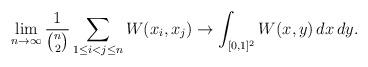
LaTeX: \begin{align*}\lim_{n \to \infty} \frac{1}{\binom{n}{2}} \sum_{1 \leq i < j \leq n} W(x_i, x_j) \to \int_{[0,1]^2} W(x,y) \,dx\,dy.\end{align*}